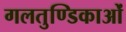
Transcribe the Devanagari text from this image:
गलतुण्डिकाओं